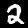
Label: 2